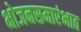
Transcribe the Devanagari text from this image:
भोजनसमारंभात